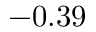
- 0 . 3 9